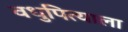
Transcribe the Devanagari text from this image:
वधुपित्याला